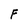
Character: F